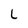
Character: L